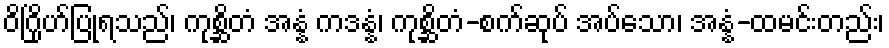
ဝိဂြိုဟ်ပြုရသည်၊ ကုစ္ဆိတံ အန္နံ ကဒန္နံ၊ ကုစ္ဆိတံ-စက်ဆုပ် အပ်သော၊ အန္နံ-ထမင်းတည်း၊